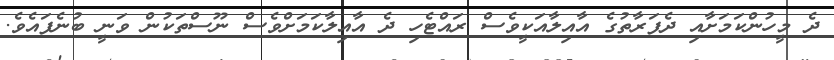
ދެ މީހުންކަމަށާއި ދެފަރާތުގެ އާއިލާއަކީވެސް ރައްޓެހި ދެ އާއިލާކަމަށްވެސް ނޫސްތަކުން ވަނީ ބުނެފައެވެ.